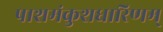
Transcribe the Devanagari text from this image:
पाशमंकुशधारिणम्